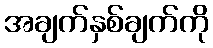
အချက်နှစ်ချက်ကို